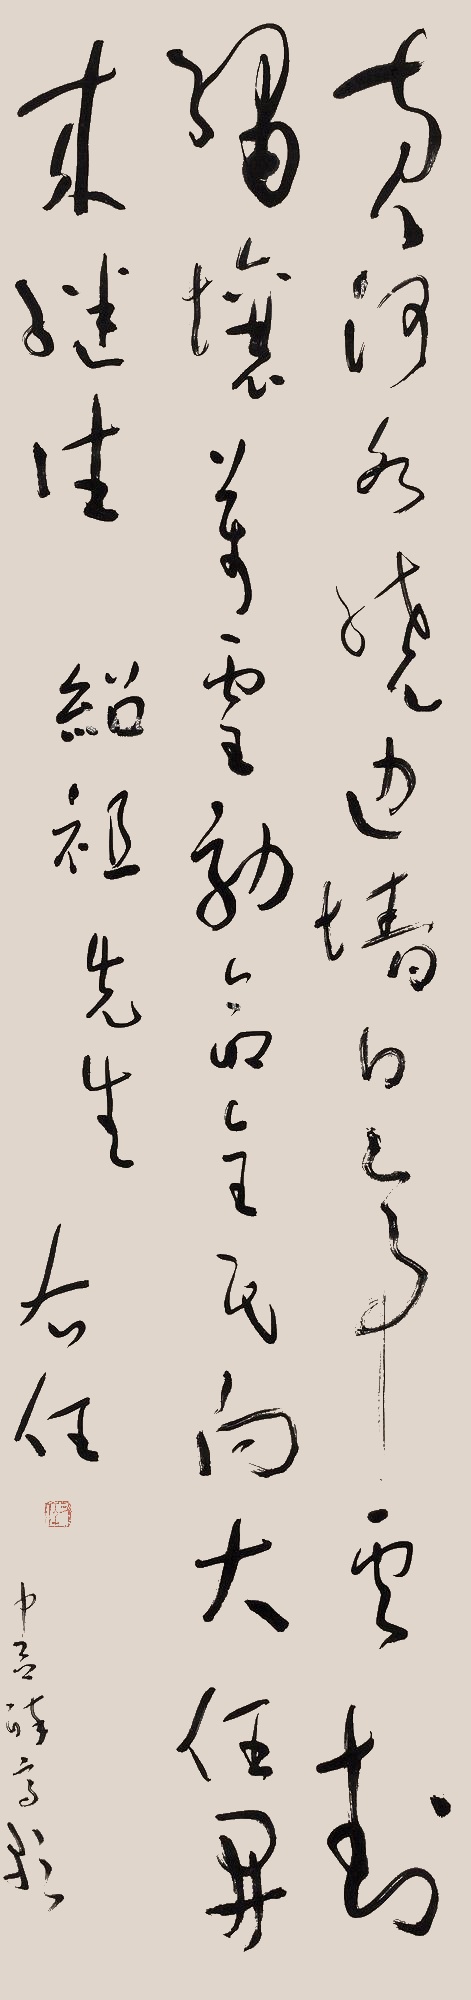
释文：黄河水绕边墙，白帝云封绣壤。万灵效命全民向。大任开来继往。中吕醉高歌。绍祖先生。右任。